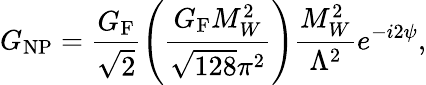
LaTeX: G_{\mathrm{NP}}=\frac{G_{\mathrm{F}}}{\sqrt{2}}\left(\frac{G_{\mathrm{F}}M_{W}^{2}}{\sqrt{128}\pi^{2}}\right)\frac{M_{W}^{2}}{\Lambda^{2}}e^{-i2\psi},